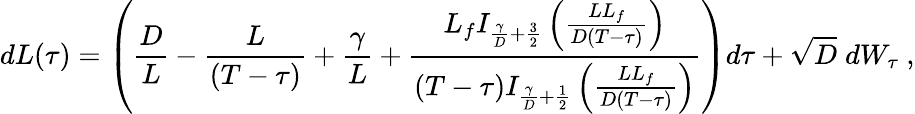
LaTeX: dL(\tau)=\left(\frac{D}{L}-\frac{L}{(T-\tau)}+\frac{\gamma}{L}+\frac{L_{f}I_{\frac{\gamma}{D}+\frac{3}{2}}\left(\frac{LL_{f}}{D(T-\tau)}\right)}{(T-\tau)I_{\frac{\gamma}{D}+\frac{1}{2}}\left(\frac{LL_{f}}{D(T-\tau)}\right)}\right)d\tau+\sqrt{D}\; dW_{\tau}\ ,